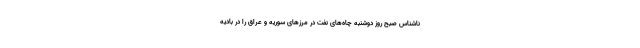
ناشناس صبح روز دوشنبه چاه‌های نفت در مرزهای سوریه و عراق را در بادیه